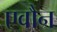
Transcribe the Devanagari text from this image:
एवौन